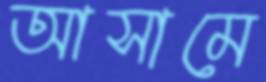
আসামে